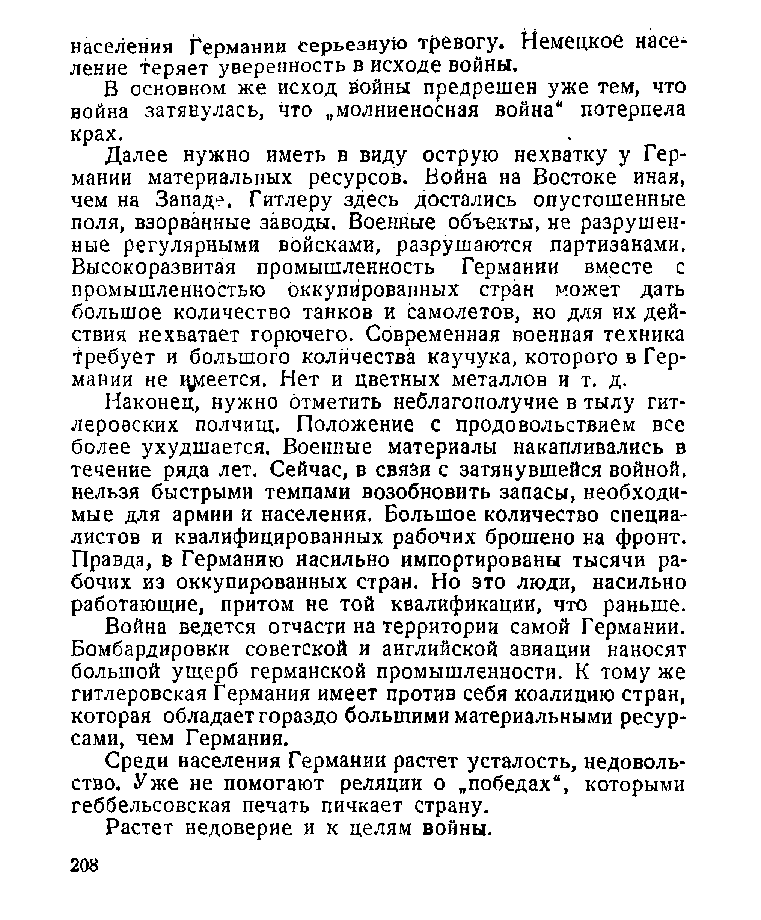
населения Германии серьезную тревогу. Немецкой насе­
 ление теряет уверенность в исходе войны.
 В основном же исход войны предрешен уже тем, что
 война затянулась, что „молниеносная война" потерпела
 крах.
 Далее нужно иметь в виду острую нехватку у Гер­
 мании материальных ресурсов. Война на Востоке иная,
 чем на Западе. Гитлеру здесь достались опустошенные
 поля, взорванные заводы. Военные объекты, не разрушен­
 ные регулярными войсками, разрушаются партизанами.
 Высокоразвитая промышленность Германии вместе с
 промышленностью оккупированных стран может дать
 большое количество танков и самолетов, но для их дей­
 ствия нехватает горючего. Современная военная техника
 Требует и большого количества каучука, которого в Гер­
 мании не цдоеется. Нет и цветных металлов и т. д.
 Наконец, нужно отметить неблагополучие в тылу гит­
 леровских полчищ. Положение с продовольствием все
 более ухудшается. Военные материалы накапливались в
 течение ряда лет. Сейчас, в связи с затянувшейся войной,
 нельзя быстрыми темпами возобновить запасы, необходи­
 мые для армии и населения. Большое количество специа­
 листов и квалифицированных рабочих брошено на фронт.
 Правда, в Германию насильно импортированы тысячи ра­
 бочих из оккупированных стран. Но это люди, насильно
 работающие, притом не той квалификации, что раньше.
 Война ведется отчасти на территории самой Германии.
 Бомбардировки советской и английской авиации наносят
 большой ущерб германской промышленности. К тому же
 гитлеровская Германия имеет против себя коалицию стран,
 которая обладает гораздо большими материальными ресур­
 сами, чем Германия.
 Среди населения Германии растет усталость, недоволь­
 ство. Уже не помогают реляции о „победах", которыми
 геббельсовская печать пичкает страну.
 Растет недоверие и к целям войны.
 208